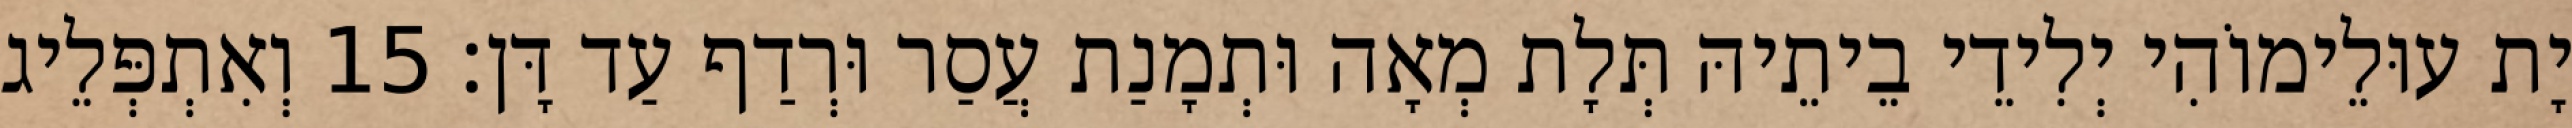
יָת עוּלֵימוֹהִי יְלִידֵי בֵיתֵיהּ תְּלָת מְאָה וּתְמָנַת עֲסַר וּרְדַף עַד דָּן׃ 15 וְאִתְפְּלֵיג